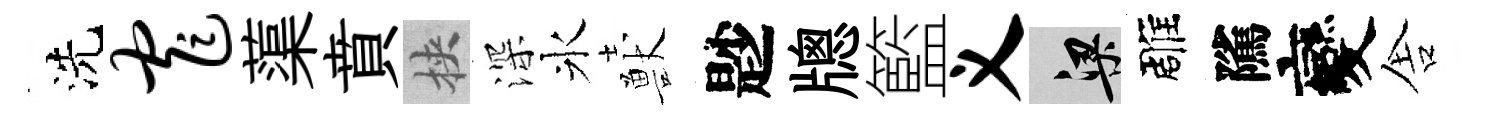
洗窄蕖賁挾深氷獸尟牕籃义梁雕隲變舎